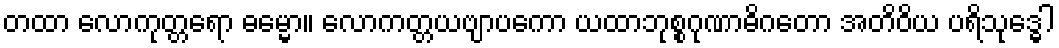
တထာ လောကုတ္တရော ဓမ္မော။ လောကတ္တယဗျာပကော ယထာဘုစ္စဂုဏာဓိဂတော အတိဝိယ ပရိသုဒ္ဓေါ